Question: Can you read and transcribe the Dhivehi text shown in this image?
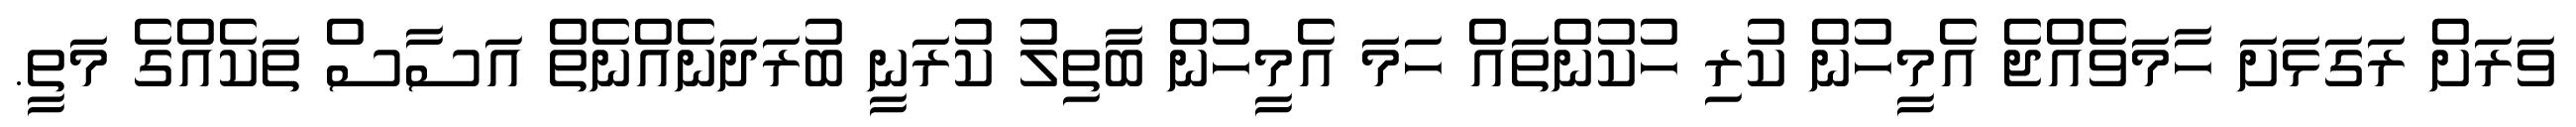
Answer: ވަރަށް ރަގަޅަށަ ހާމަވެއްޖެ އެމީހުން ކުރި ހުކުންތައް ހަމަ އެމީހުން ބާތިލު ކުރަނީ ބުރަދަނެއްނެތް އަސާސް ތަކެއްގެ މަތީ.